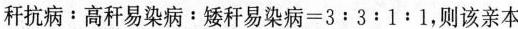
秆 抗 病﹔ 高 秆 易 染 病 ：矮 秆 易 染 病 = 3 ﹔ 3 ﹔ 1 : 1$$，则该亲本